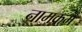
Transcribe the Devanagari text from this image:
नामक्रम